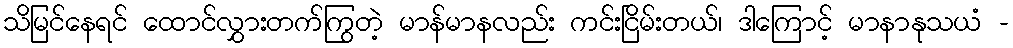
သိမြင်နေရင် ထောင်လွှားတက်ကြွတဲ့ မာန်မာနလည်း ကင်းငြိမ်းတယ်၊ ဒါကြောင့် မာနာနုသယံ -